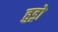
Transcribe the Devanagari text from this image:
हुड्रो